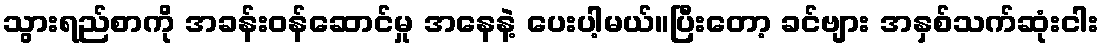
သွားရည်စာကို အခန်းဝန်ဆောင်မှု အနေနဲ့ ပေးပါ့မယ်။ပြီးတော့ ခင်ဗျား အနှစ်သက်ဆုံးငါး